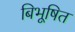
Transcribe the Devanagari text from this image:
बिभूषित